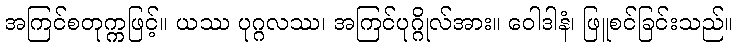
အကြင်စတုက္ကဖြင့်။ ယဿ ပုဂ္ဂလဿ၊ အကြင်ပုဂ္ဂိုလ်အား။ ဝေါဒါနံ၊ ဖြူစင်ခြင်းသည်။